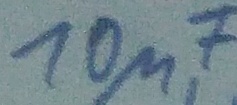
Text: 10µF